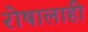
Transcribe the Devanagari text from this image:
रोषालाही